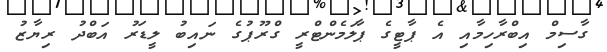
ގާސިމް އިބްރާހިމާއި އެ ޕާޓީގެ ޕާލަމެންޓްރީ ގްރޫޕުގެ ނައިބު ލީޑަރު އަބްދު ރިޔާޒު